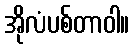
အိုလံပစ်တာဝါ။